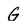
Character: G